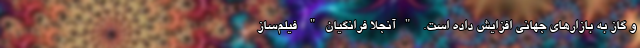
و گاز به بازارهای جهانی افزایش داده است. "آنجلا فرانگیان" فیلم‌ساز